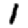
Digit: 1